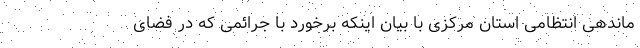
ماندهی انتظامی استان مرکزی با بیان اینکه برخورد با جرائمی که در فضای